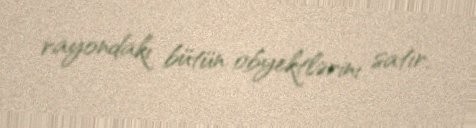
rayondakı bütün obyektlərini satır.